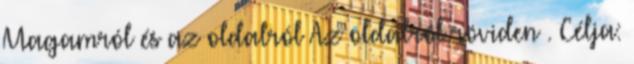
Magamról és az oldalról Az oldalról röviden . Célja: